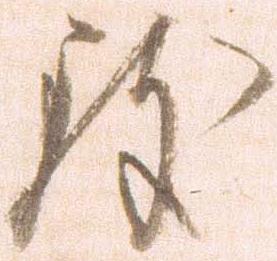
致